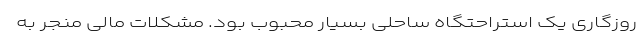
روزگاری یک استراحتگاه ساحلی بسیار محبوب بود. مشکلات مالی منجر به